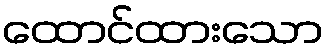
ထောင်ထားသော